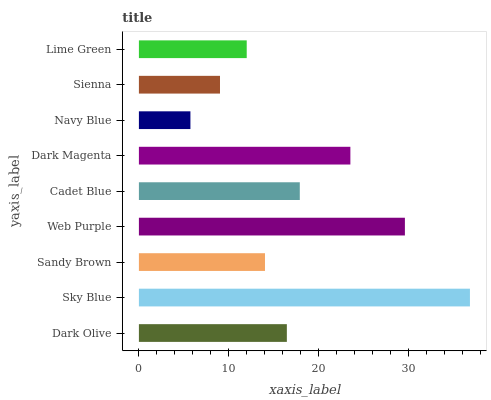
| yaxis_label | bars |
 | --- | --- |
 | Dark Olive | 16.4 |
 | Sky Blue | 36.8 |
 | Sandy Brown | 14 |
 | Web Purple | 29.6 |
 | Cadet Blue | 17.9 |
 | Dark Magenta | 23.5 |
 | Navy Blue | 5.72 |
 | Sienna | 9.01 |
 | Lime Green | 12 |